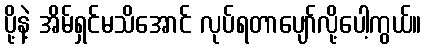
ပို့နဲ့ အိမ်ရှင်မသိအောင် လုပ်ရတာပျော်လို့ပေါ့ကွယ်။